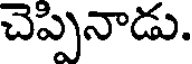
చెప్పినాడు.